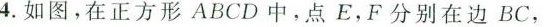
4.如图，在正方形ABCD中，点E，F分别在边BC，